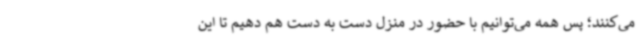
می‌کنند؛ پس همه می‌توانیم با حضور در منزل دست به دست هم دهیم تا این